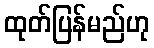
ထုတ်ပြန်မည်ဟု